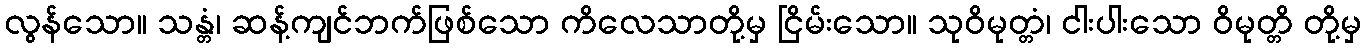
လွန်သော။ သန္တံ၊ ဆန့်ကျင်ဘက်ဖြစ်သော ကိလေသာတို့မှ ငြိမ်းသော။ သုဝိမုတ္တံ၊ ငါးပါးသော ဝိမုတ္တိ တို့မှ